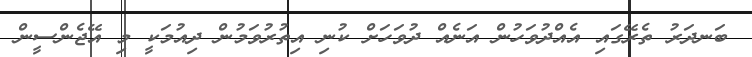
ބަނދަރު ތެރޭގައި އެއްދުވަހުން އަނެއް ދުވަހަށް ކުނި އިތުރުވަމުން ދިއުމަކީ މި އޭޖެންސީން